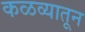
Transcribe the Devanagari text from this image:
कळव्यातून